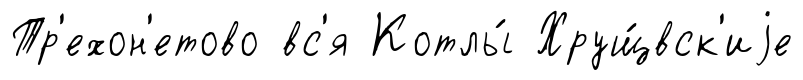
Тр'ехон'етово вс'я Котлы́ Хрущ́вск'иjе